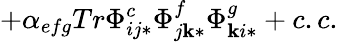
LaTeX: +\alpha_{efg}Tr\Phi_{ij*}^{c}\Phi_{j\mathbf{k}*}^{f}\Phi_{\mathbf{k}i*}^{g}+c.c.